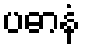
ပဓာနံ